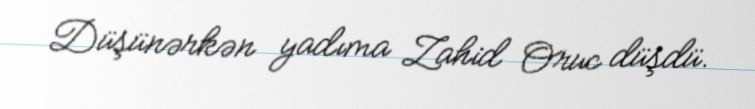
Düşünərkən yadıma Zahid Oruc düşdü.